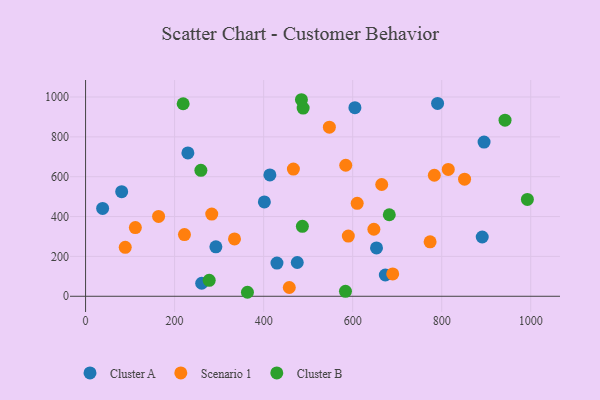
{"axis": {"x": "Price", "y": "Salary"}, "legend": ["Cluster A", "Cluster B", "Scenario 1"], "data": [{"x": "229.8", "y": 719.1, "type": "Cluster A"}, {"x": "475.5", "y": 169.5, "type": "Cluster A"}, {"x": "260.8", "y": 65.4, "type": "Cluster A"}, {"x": "673.3", "y": 106.9, "type": "Cluster A"}, {"x": "790.7", "y": 967.5, "type": "Cluster A"}, {"x": "605.0", "y": 946.6, "type": "Cluster A"}, {"x": "292.7", "y": 248.0, "type": "Cluster A"}, {"x": "401.6", "y": 473.6, "type": "Cluster A"}, {"x": "895.1", "y": 773.9, "type": "Cluster A"}, {"x": "81.1", "y": 524.8, "type": "Cluster A"}, {"x": "891.0", "y": 297.4, "type": "Cluster A"}, {"x": "414.0", "y": 608.9, "type": "Cluster A"}, {"x": "653.5", "y": 242.5, "type": "Cluster A"}, {"x": "38.3", "y": 440.8, "type": "Cluster A"}, {"x": "429.9", "y": 166.8, "type": "Cluster A"}, {"x": "334.5", "y": 288.0, "type": "Scenario 1"}, {"x": "164.0", "y": 400.5, "type": "Scenario 1"}, {"x": "283.4", "y": 412.7, "type": "Scenario 1"}, {"x": "584.4", "y": 657.5, "type": "Scenario 1"}, {"x": "689.9", "y": 112.0, "type": "Scenario 1"}, {"x": "547.6", "y": 848.8, "type": "Scenario 1"}, {"x": "457.6", "y": 44.1, "type": "Scenario 1"}, {"x": "665.2", "y": 560.8, "type": "Scenario 1"}, {"x": "466.8", "y": 638.2, "type": "Scenario 1"}, {"x": "111.8", "y": 344.8, "type": "Scenario 1"}, {"x": "222.1", "y": 309.7, "type": "Scenario 1"}, {"x": "851.3", "y": 587.5, "type": "Scenario 1"}, {"x": "773.9", "y": 273.5, "type": "Scenario 1"}, {"x": "590.2", "y": 302.3, "type": "Scenario 1"}, {"x": "647.6", "y": 336.3, "type": "Scenario 1"}, {"x": "783.4", "y": 607.4, "type": "Scenario 1"}, {"x": "814.7", "y": 636.6, "type": "Scenario 1"}, {"x": "610.1", "y": 466.6, "type": "Scenario 1"}, {"x": "89.1", "y": 245.9, "type": "Scenario 1"}, {"x": "487.0", "y": 351.0, "type": "Cluster B"}, {"x": "488.7", "y": 944.5, "type": "Cluster B"}, {"x": "942.2", "y": 883.5, "type": "Cluster B"}, {"x": "583.8", "y": 25.1, "type": "Cluster B"}, {"x": "259.0", "y": 631.9, "type": "Cluster B"}, {"x": "484.9", "y": 986.3, "type": "Cluster B"}, {"x": "992.4", "y": 485.8, "type": "Cluster B"}, {"x": "682.2", "y": 409.0, "type": "Cluster B"}, {"x": "277.7", "y": 80.1, "type": "Cluster B"}, {"x": "219.2", "y": 966.0, "type": "Cluster B"}, {"x": "363.6", "y": 20.1, "type": "Cluster B"}]}